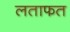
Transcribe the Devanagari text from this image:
लताफत